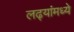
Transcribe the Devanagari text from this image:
लढ्यांमध्ये